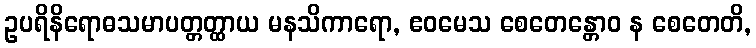
ဥပရိနိရောဓသမာပတ္တတ္ထာယ မနသိကာရော, ဧဝမေသ စေတေန္တောဝ န စေတေတိ,